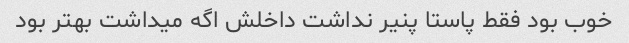
خوب بود فقط پاستا پنیر نداشت داخلش اگه میداشت بهتر بود